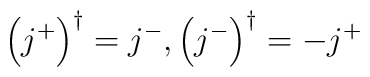
\left(j^{+}\right)^\dagger=j^{-},\left(j^{-}\right)^\dagger=-j^{+}